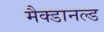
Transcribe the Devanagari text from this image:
मैक्डानल्ड